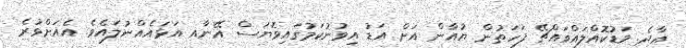
އާދެ. މަޑުކޮއްލައްވައްޗޭ ފަހަތުން ޔުއާން އަށް އަޑު އިވުނުކަމުގައިވޮޔަސް އޭނާއ އަޅައެއްނުލައެވެ. އެއަށްވުރެ